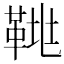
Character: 𩊲